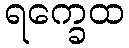
ရက္ခေထ